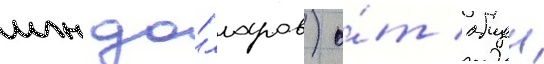
млн до́лларов) о́т общеи